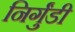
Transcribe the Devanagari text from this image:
निर्गुंडी